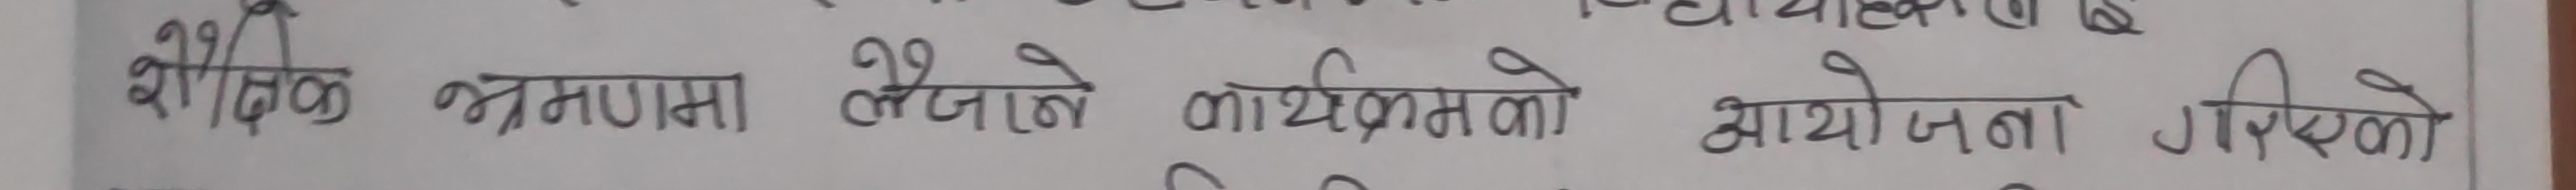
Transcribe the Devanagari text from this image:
शैक्षिक भ्रमणमा लैजाने कार्यक्रमको आयोजना गरिएको